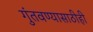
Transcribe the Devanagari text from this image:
गुंतवण्‍यासाठीही